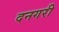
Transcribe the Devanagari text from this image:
दनगरी